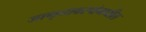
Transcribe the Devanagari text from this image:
जागृतावस्थेमधील